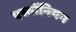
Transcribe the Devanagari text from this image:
एस्तोंनियन